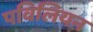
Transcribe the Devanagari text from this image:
पविलियन